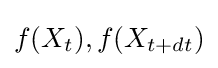
f(X_{t}),f(X_{t+dt})